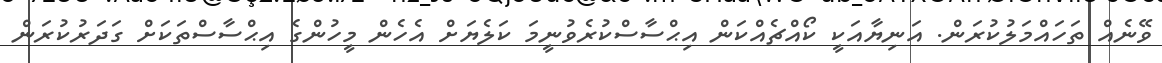
ވޭނެއް ތަހައްމަލުކުރަން. އަނިޔާއަކީ ކޯއްޗެއްކަން އިޙްސާސްކުރެވުނީމަ ކަލެޔަށް އެހެން މީހުންގެ އިޙްސާސްތަކަށް ގަދަރުކުރަން